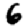
Digit: 6